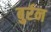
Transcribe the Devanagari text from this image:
बुर्रन